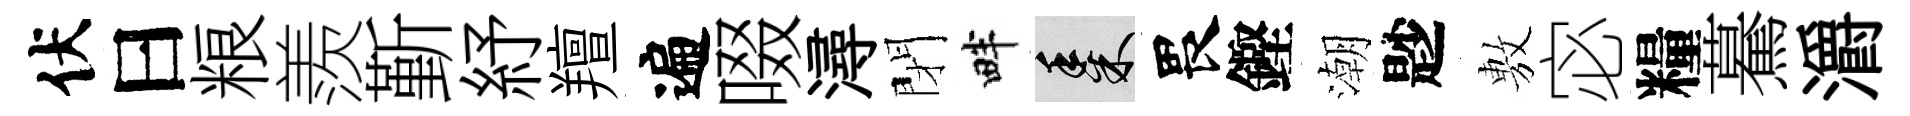
伏曰粮羨斳紓羶遍啜潯閉畔黍畏鏗潮尟𢾾宓糧驀灂